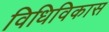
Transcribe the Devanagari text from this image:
विधिविकास